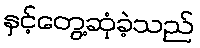
နှင့်တွေ့ဆုံခဲ့သည်